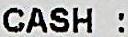
CASH :